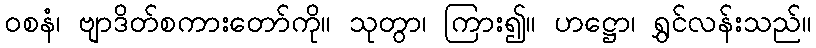
ဝစနံ၊ ဗျာဒိတ်စကားတော်ကို။ သုတွာ၊ ကြား၍။ ဟဋ္ဌော၊ ရွှင်လန်းသည်။